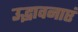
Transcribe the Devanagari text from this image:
उद्भावनाएं